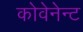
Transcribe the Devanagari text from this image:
कोवेनेन्ट